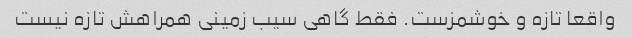
واقعا تازه و خوشمزست. فقط گاهی سیب زمینی همراهش تازه نیست